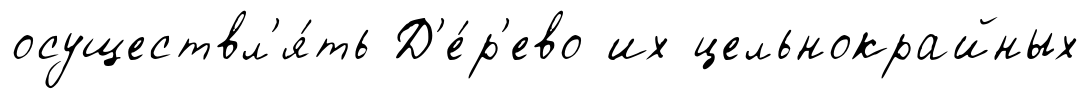
осуществл'я́ть Д'е́р'ево их цельнокрайных